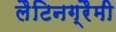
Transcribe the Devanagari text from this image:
लैटिनग्रैमी